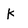
Character: K